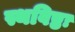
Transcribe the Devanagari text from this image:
स्थविष्ठः